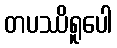
တပဿိရူပေါ